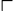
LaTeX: \ulcorner